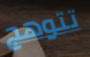
تتوهج